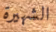
الشهيرة